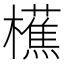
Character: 櫵